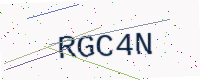
Text: RGC4N